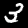
Label: 3